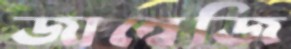
জাম্বেজি